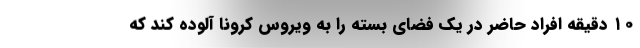
۱۰ دقیقه افراد حاضر در یک فضای بسته را به ویروس کرونا آلوده کند که